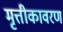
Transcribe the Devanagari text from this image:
मृत्तीकावरण